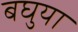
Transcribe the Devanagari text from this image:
बघुया